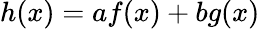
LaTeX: h(x)=af(x)+bg(x)